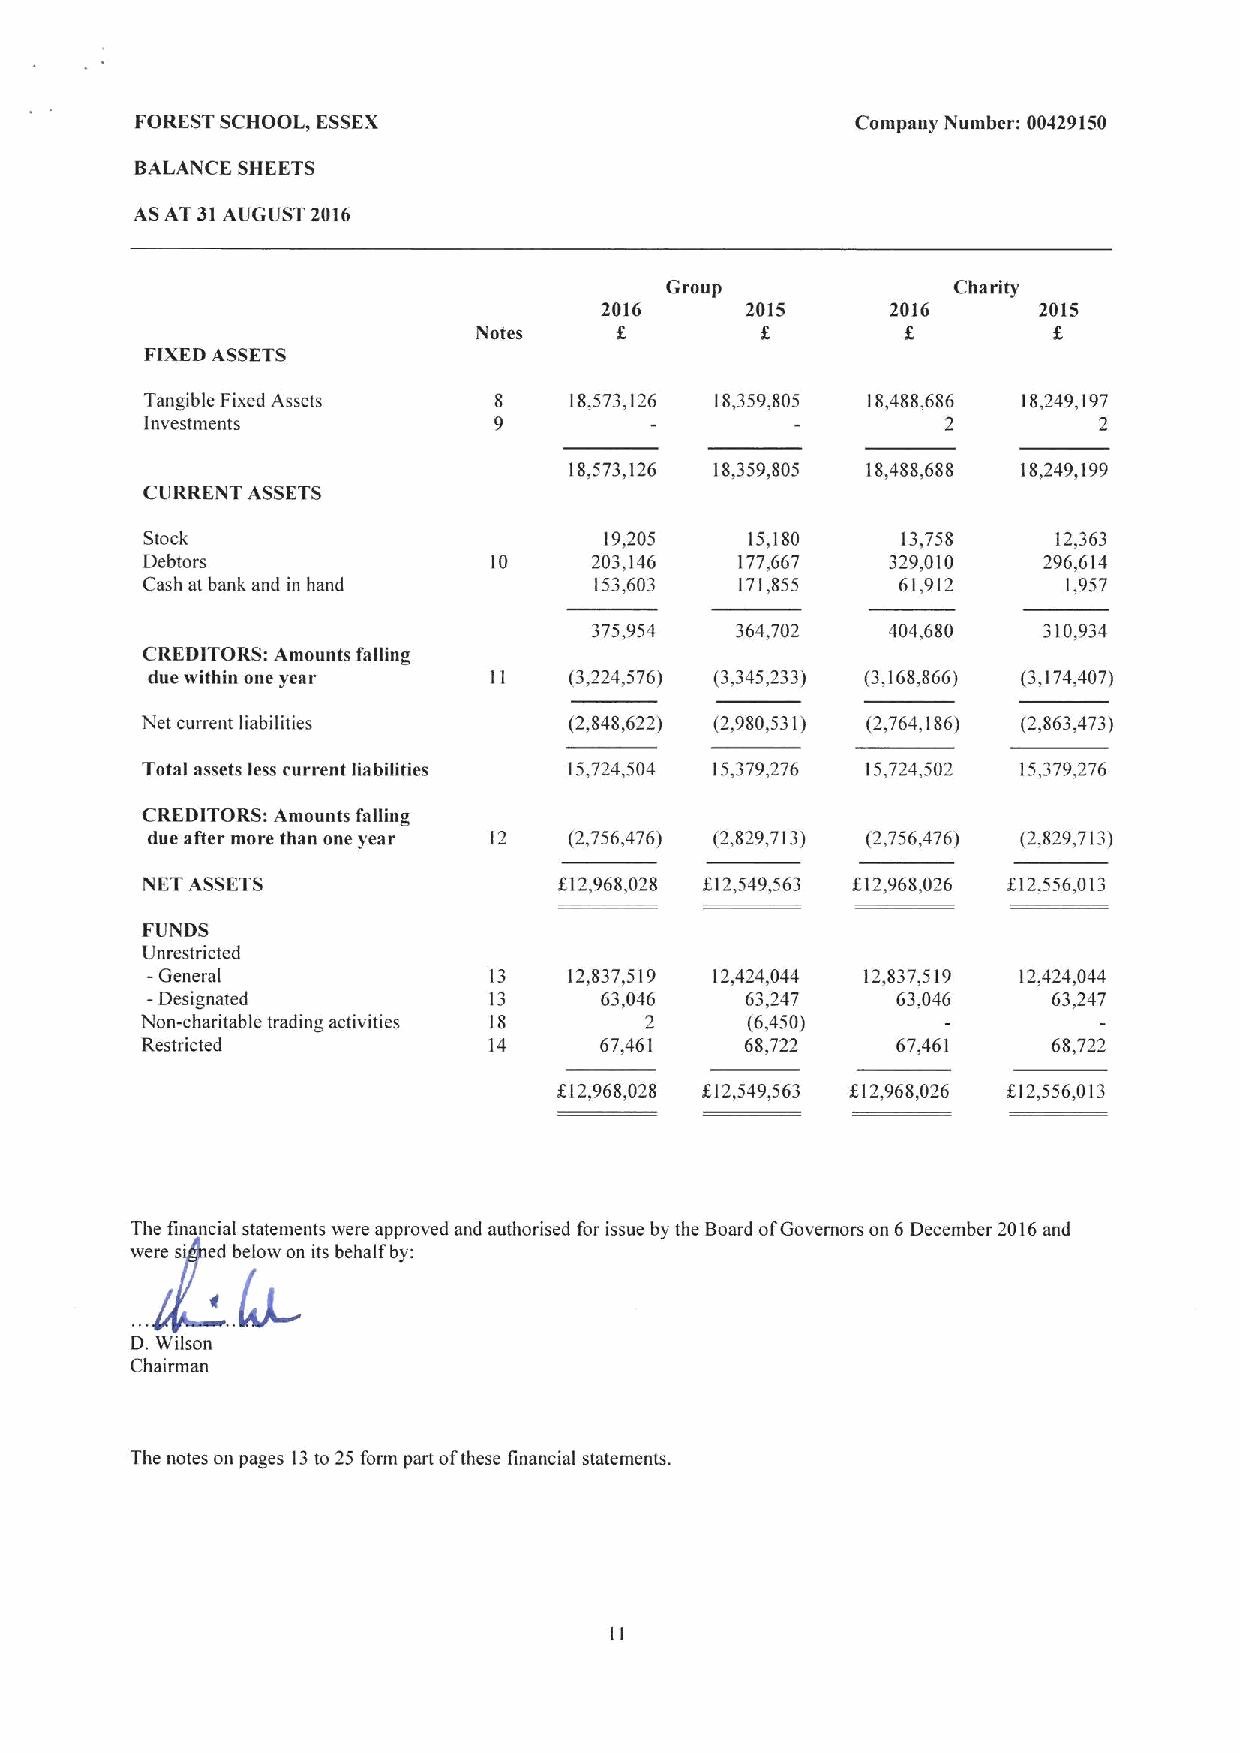
FORESTSCHOOL, ESSEX                             Company Number: 00429150
 BALANCE SHEETS
 ASAT 31AUGUST 2016
 Group              Charity
 2016     2015      2016      2015
 Notes     8
 FIXEDASSETS
 Tangible Fixed Assets  8    18,573,126 18,359,805 18,488,686 18,249,197
 Investments            9         -         -         2         2
 18,573,126 18,359,805 18,488,688 18,249,199
 CURRENT ASSETS
 Stock                          19,205    15,180    13,758    12,363
 Debtors                10     203,146   177,667   329,010   296,614
 Cash at bank and in hand      153,603   171,855   61,912      1,957
 375,954   364,702   404,680   310,934
 CREDITORS: Amounts falling
 due within one year   11    (3,224,576) (3,345,233) (3,168,866) (3,174,407)
 Net current liabilities      (2,848,622) (2,980,531) (2,764,186) (2,863,473)
 Total assets less current liabilities 15,724,504 15,379,276 15,724,502 15,379,276
 CREDITORS: Amounts falling
 due after more than one year 12 (2,756,476) (2,829,713) (2,756,476) (2,829,713)
 NET ASSETS                  612,968,028 612,549,563 612,968,026 612,556,013
 FUNDS
 Unrestricted
 - General             13    12,837,519 12,424,044 12,837,519 12,424,044
 - Designated          13      63,046   63,247    63,046     63,247
 Non-charitable trading activities 18 2   (6,450)
 Restricted             14      67,461   68,722    67,461     68,722
 612,968,028 6)2,549,563 812,968,026 612,556,013
 The financial statements were approved and authorised for issue by the Board ofGovernors on 6December 2016and
 were s' ed below on its behalf by:
 D.Wilson
 Chairman
 The notes on pages 13to 25 form part ofthese financial statements.